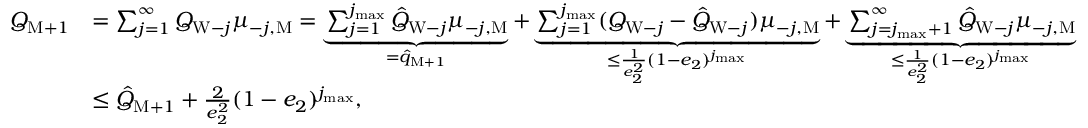
\begin{array} { r l } { Q _ { \mathrm { M } + 1 } } & { = \sum _ { j = 1 } ^ { \infty } Q _ { \mathrm { W } - j } \mu _ { - j , \mathrm { M } } = \underbrace { \sum _ { j = 1 } ^ { j _ { \operatorname* { m a x } } } \hat { Q } _ { \mathrm { W } - j } \mu _ { - j , \mathrm { M } } } _ { = \hat { q } _ { \mathrm { M } + 1 } } + \underbrace { \sum _ { j = 1 } ^ { j _ { \operatorname* { m a x } } } ( Q _ { \mathrm { W } - j } - \hat { Q } _ { \mathrm { W } - j } ) \mu _ { - j , \mathrm { M } } } _ { \le \frac { 1 } { e _ { 2 } ^ { 2 } } ( 1 - e _ { 2 } ) ^ { j _ { \operatorname* { m a x } } } } + \underbrace { \sum _ { j = j _ { \operatorname* { m a x } } + 1 } ^ { \infty } \hat { Q } _ { \mathrm { W } - j } \mu _ { - j , \mathrm { M } } } _ { \le \frac { 1 } { e _ { 2 } ^ { 2 } } ( 1 - e _ { 2 } ) ^ { j _ { \operatorname* { m a x } } } } } \\ & { \le \hat { Q } _ { \mathrm { M } + 1 } + \frac { 2 } { e _ { 2 } ^ { 2 } } ( 1 - e _ { 2 } ) ^ { j _ { \operatorname* { m a x } } } , } \end{array}